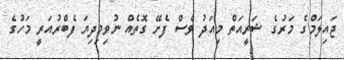
ޖައިލަމްގެ މަރުގެ ޝަރީއަތް މިއަދު ވެސް ފެށޭ ގޮތެއް ނުވިމިދިޔަ ފެބްރުއަރީ މަހުގެ